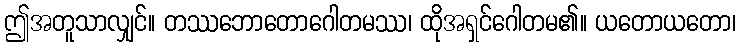
ဤအတူသာလျှင်။ တဿဘောတောဂေါတမဿ၊ ထိုအရှင်ဂေါတမ၏။ ယတောယတော၊